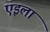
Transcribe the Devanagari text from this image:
एइला